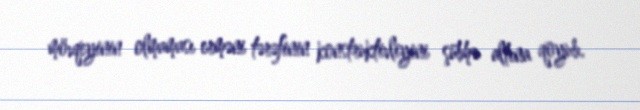
mövqeyinin olmaması erməni tərəfinin konstruktivliyini şübhə altına qoyub.